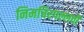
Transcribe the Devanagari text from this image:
निमचिरपल्लवी